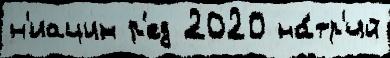
н'иацин р'ед 2020 на́тр'ий